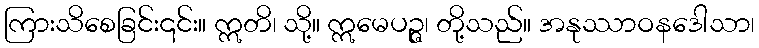
ကြားသိစေခြင်း၎င်း။ ဣတိ၊ သို့။ ဣမေပဉ္ဇ၊ တို့သည်။ အနုဿာဝနဒေါသာ၊